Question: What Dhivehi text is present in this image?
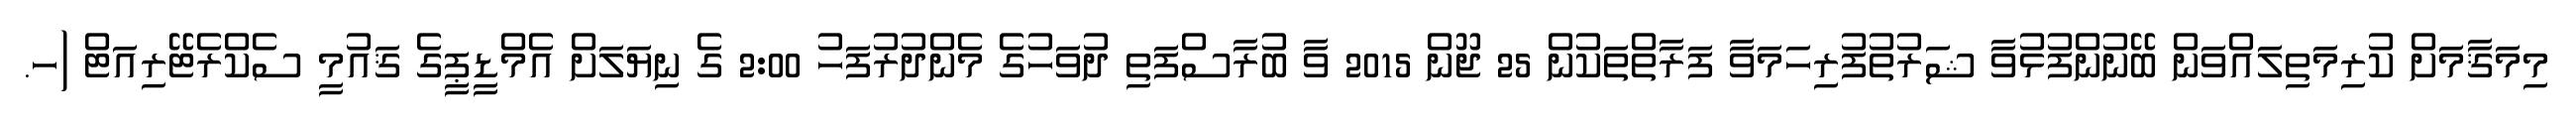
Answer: މިމަޤާމަށް ކުރިމަތިލައްވަން ބޭނުންފުޅުވާ ޝަރުތުފުރިހަމަވާ ފަރާތްތަކުން 25 ޖޫން 2015 ވާ ބުރާސްފަތި ދުވަހުގެ މެންދުރުފަހު 2:00 ގެ ނިޔަލަށް އެމްޑީޕީގެ ޤައުމީ ސެކްރެޓޭރިއަޓް (ހ.